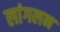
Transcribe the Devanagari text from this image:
लांगलन